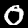
Label: 0